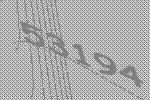
53194